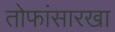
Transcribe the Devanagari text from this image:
तोफांसारखा